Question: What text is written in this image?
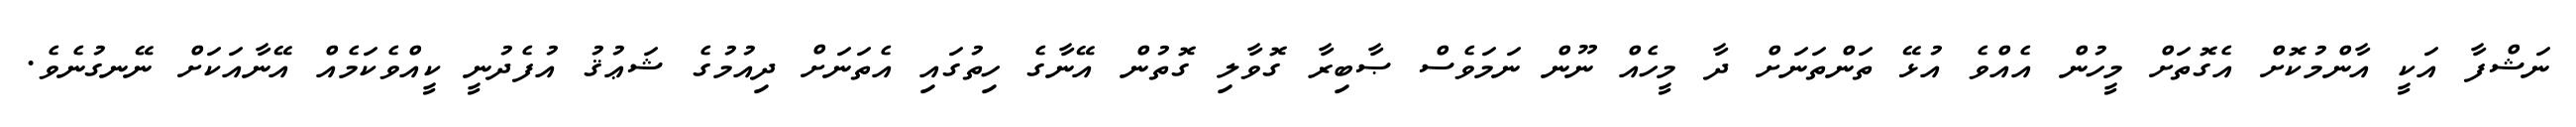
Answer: ނަޝްފާ އަކީ އާންމުކޮށް އެގޮތަށް މީހުން އެއްވެ އުޅޭ ތަންތަނަށް ދާ މީހެއް ނޫން ނަމަވެސް ޞާބިރާ ގޮވާލި ގޮތުން އޭނާގެ ހިތުގައި އެތަނަށް ދިއުމުގެ ޝަޢުޤު އުފެދުނީ ކީއްވެކަމެއް އޭނާއަކަށް ނޭނގުނެވެ.